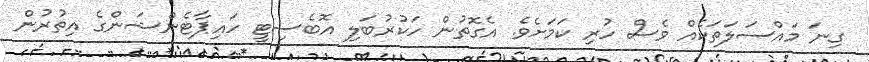
ގިނަ މައްސަލަތަކެއް ވެސް ހުރި ކަމަށެވެ. އެގޮތުން ހަކުރުބަލި އޮބެސިޓީ ހައިޕާޓެންޝަންގެ އިތުރުން